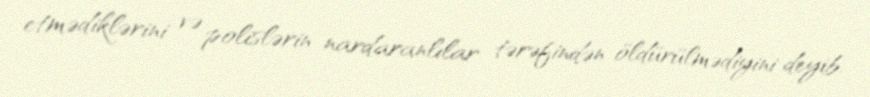
etmədiklərini və polislərin nardaranlılar tərəfindən öldürülmədiyini deyib.